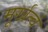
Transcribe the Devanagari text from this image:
मूर्खत्वं